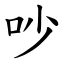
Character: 吵